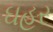
ઘહર